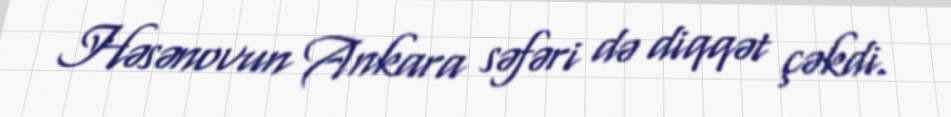
Həsənovun Ankara səfəri də diqqət çəkdi.